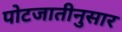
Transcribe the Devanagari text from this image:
पोटजातीनुसार